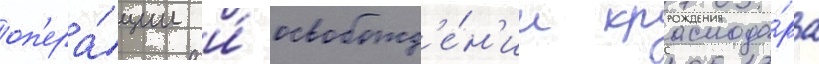
оп'ера́ции и́ освобожд'е́н'ии краснода́ра